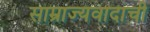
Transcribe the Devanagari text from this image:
साम्राज्यवादाची